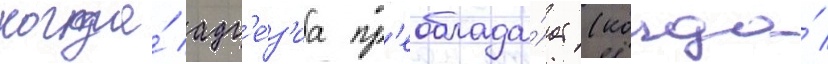
когда́ адг'е́з'иа пр'еоблада́ет (когда́